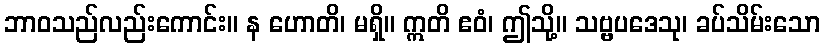
ဘာဝသည်လည်းကောင်း။ န ဟောတိ၊ မရှိ။ ဣတိ ဧဝံ၊ ဤသို့။ သဗ္ဗပဒေသု၊ ခပ်သိမ်းသော